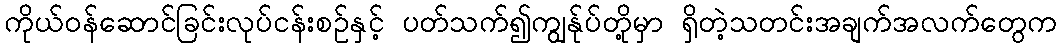
ကိုယ်ဝန်ဆောင်ခြင်းလုပ်ငန်းစဥ်နှင့် ပတ်သက်၍ကျွန်ုပ်တို့မှာ ရှိတဲ့သတင်းအချက်အလက်တွေက